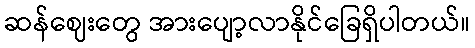
ဆန်ဈေးတွေ အားပျော့လာနိုင်ခြေရှိပါတယ်။